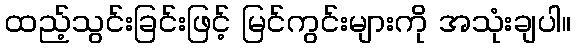
ထည့်သွင်းခြင်းဖြင့် မြင်ကွင်းများကို အသုံးချပါ။